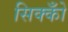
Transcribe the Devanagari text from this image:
सिक्कोँ